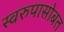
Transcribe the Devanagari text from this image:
स्वरुपासोबत